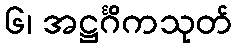
၆၊ အဋ္ဌင်္ဂိကသုတ်